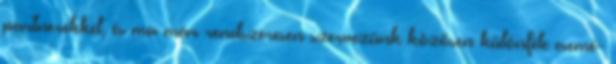
partnerekkel, és ma már rendszeresen szervezünk közösen különféle esemé-